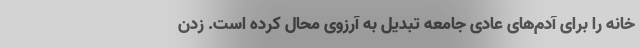
خانه را برای آدم‌های عادی جامعه تبدیل به آرزوی محال کرده است. زدن